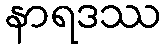
နာရဒဿ